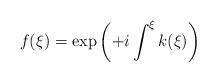
LaTeX: \begin{align*}f(\xi) = \exp \left( +i \int^{\xi} k(\xi) \right)\end{align*}